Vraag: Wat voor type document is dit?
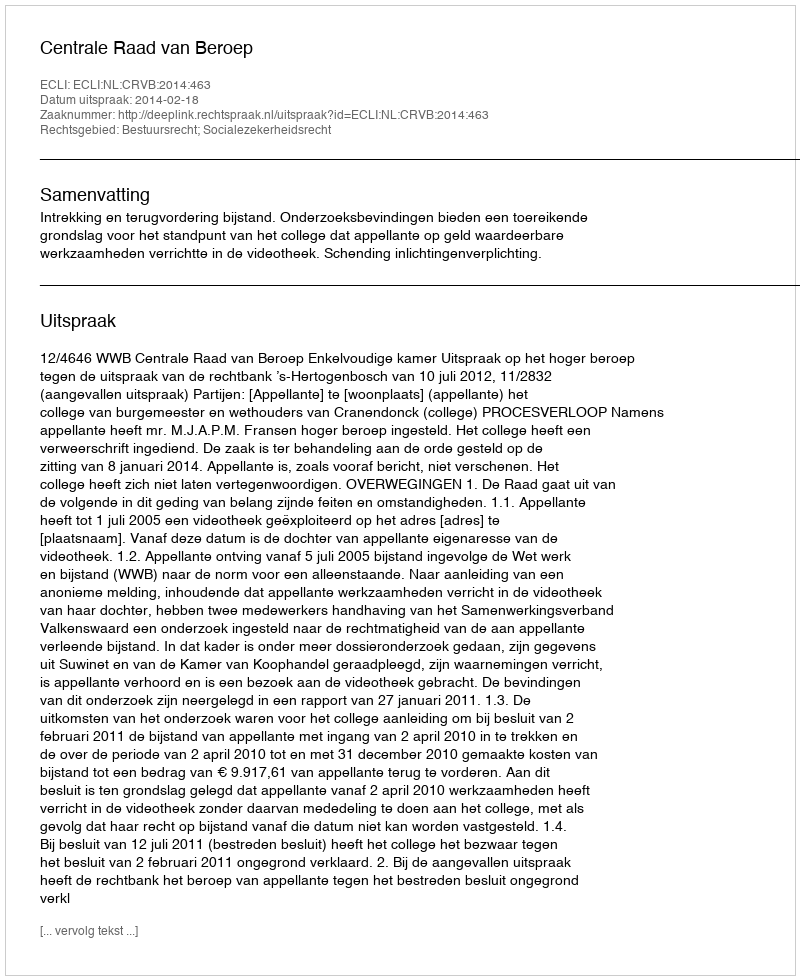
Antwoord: Uitspraak